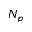
N _ { p }